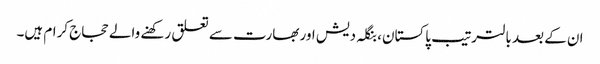
ان کے بعد بالترتیب پاکستان، بنگلہ دیش اور بھارت سے تعلق رکھنے والے حجاج کرام ہیں۔